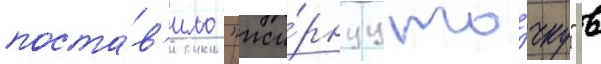
поста́в'ило "жи́рнуу то́чку" в